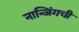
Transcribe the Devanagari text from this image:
नान्जिंगची